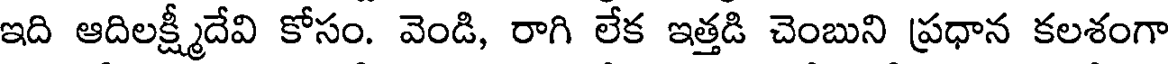
ఇది ఆదిలక్ష్మీదేవి కోసం. వెండి, రాగి లేక ఇత్తడి చెంబుని ప్రధాన కలశంగా